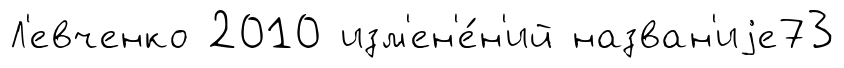
Л'евченко 2010 изм'ен'е́н'ий назван'иjе73